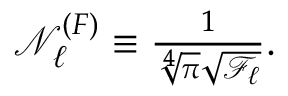
\begin{array} { r } { \mathcal { N } _ { \ell } ^ { ( F ) } \equiv \frac { 1 } { \sqrt [ 4 ] { \pi } \sqrt { \mathcal { F } _ { \ell } } } . } \end{array}